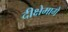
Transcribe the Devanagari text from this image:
दीक्षेमागे